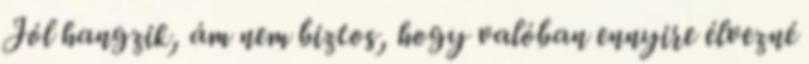
Jól hangzik, ám nem biztos, hogy valóban ennyire élvezné